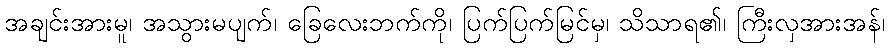
အချင်းအားမူ၊ အသွားမပျက်၊ ခြေလေးဘက်ကို၊ ပြက်ပြက်မြင်မှ၊ သိသာရ၏၊ ကြီးလှအားအန်၊